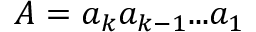
A = { a _ { k } } { a _ { k - 1 } } . . . { a _ { 1 } }